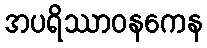
အပရိဿာဝနကေန